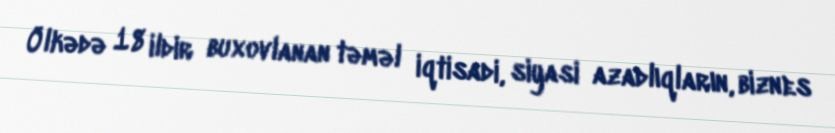
Ölkədə 18 ildir buxovlanan təməl iqtisadi, siyasi azadlıqların, biznes